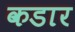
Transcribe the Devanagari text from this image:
कडार